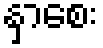
နှာစေး